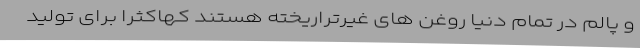
و پالم در تمام دنیا روغن های غیرتراریخته هستند کهاکثرا برای تولید